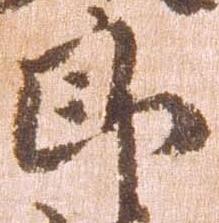
郎